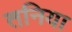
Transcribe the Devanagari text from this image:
तनिया